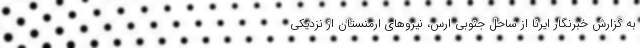
به گزارش خبرنگار ایرنا از ساحل جنوبی ارس، نیروهای ارمنستان از نزدیکی